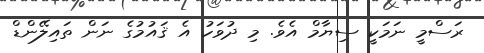
ރަސްމީ ނަމަކީ ސިޔާމް އެވެ. މި ދުވަހު އެ ޤައުމުގެ ނަން ތައިލޭންޑް